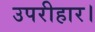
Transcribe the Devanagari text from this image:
उपरीहार।